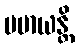
မမာယန္တိ